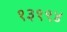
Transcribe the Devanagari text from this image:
१३१९४